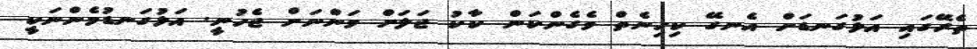
ތެރޭގައި އަޅުގަނޑަށް އެނގޭ ކިހިނެތް ވެގެންކަން ކާކު ޖަލަށް ވަންނަށް ޖެހުނީ. އަޅުގަނޑުމެންނަކީ